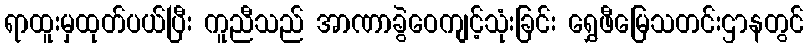
ရာထူးမှထုတ်ပယ်ပြီး ကူညီသည် အာဏာခွဲဝေကျင့်သုံးခြင်း ရွှေဖီမြေသတင်းဌာနတွင်